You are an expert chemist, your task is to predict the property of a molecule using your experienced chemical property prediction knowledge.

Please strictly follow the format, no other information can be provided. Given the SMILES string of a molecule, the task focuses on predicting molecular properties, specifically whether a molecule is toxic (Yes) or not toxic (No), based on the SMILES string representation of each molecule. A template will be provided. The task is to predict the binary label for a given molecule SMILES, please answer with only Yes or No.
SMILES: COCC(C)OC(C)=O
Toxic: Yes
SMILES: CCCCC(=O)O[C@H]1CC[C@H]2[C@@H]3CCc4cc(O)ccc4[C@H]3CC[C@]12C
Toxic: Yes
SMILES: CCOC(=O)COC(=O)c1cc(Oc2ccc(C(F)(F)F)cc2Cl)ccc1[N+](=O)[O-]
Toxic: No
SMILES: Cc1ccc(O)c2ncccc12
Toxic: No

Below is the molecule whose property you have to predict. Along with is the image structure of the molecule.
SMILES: CCCCC(CC)COCCO
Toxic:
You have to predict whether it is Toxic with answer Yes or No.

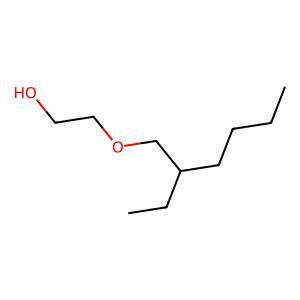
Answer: No